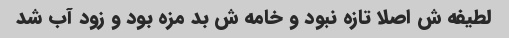
لطیفه ش اصلا تازه نبود و خامه ش بد مزه بود و زود آب شد